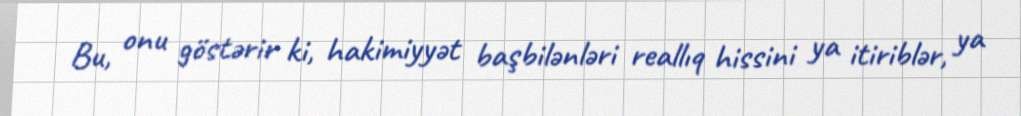
Bu, onu göstərir ki, hakimiyyət başbilənləri reallıq hissini ya itiriblər, ya